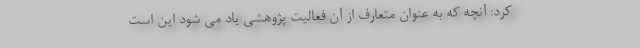
کرد: آنچه که به عنوان متعارف از آن فعالیت پژوهشی یاد می شود این است